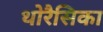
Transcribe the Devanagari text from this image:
थोरैसिका